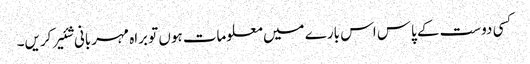
کسی دوست کے پاس اس بارے میں معلومات ہوں تو براہ مہربانی شئیر کریں۔